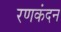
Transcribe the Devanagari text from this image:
रणकंदन